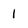
Character: 1